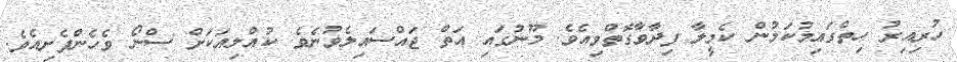
ހުރިއިރު ހިތްގައިމުކަމުން ކެމީލާ ފިދާވާގޮތްވިއެވެ. މޫނުގައި އަތް ޖައްސައިލެވުނެވެ. ކުއްލިއަކަށް ސްނޯ ވެހެންފެށިއެވެ.